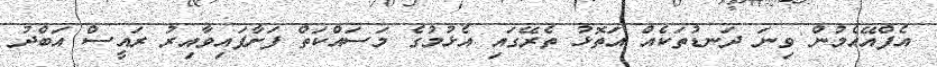
އެފްއޭއެމުން ވިނަ ދަނޑުތަކެއް އަތޮޅު ތެރޭގައި އެޅުމުގެ މަސައްކަތް ފަށާފައިވާއިރު ރައީސް އަބްދު